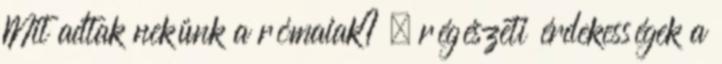
Mit adtak nekünk a rómaiak? – régészeti érdekességek a